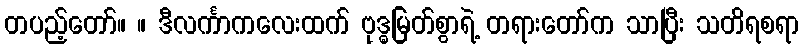
တပည့်တော်။ ။ ဒီလင်္ကာကလေးထက် ဗုဒ္ဓမြတ်စွာရဲ့ တရားတော်က သာပြီး သတိရစရာ